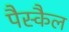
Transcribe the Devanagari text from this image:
पैस्कैल